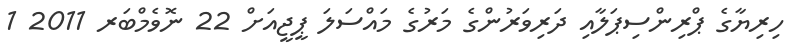
ހިރިޔާގެ ޕްރިންސިޕަލާއި ދަރިވަރުންގެ މަރުގެ މައްސަލަ ޕީޖީއަށް 22 ނޮވެމްބަރ 2011 1